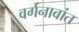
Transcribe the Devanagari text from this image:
वर्गनावांत